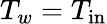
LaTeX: T_{w}=T_{\mathrm{in}}